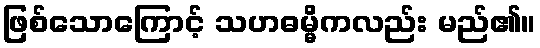
ဖြစ်သောကြောင့် သဟဓမ္မိကလည်း မည်၏။